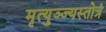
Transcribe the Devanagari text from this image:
मृत्युञ्ज्यस्तोत्रं